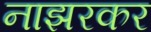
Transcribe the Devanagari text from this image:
नाझरकर